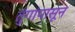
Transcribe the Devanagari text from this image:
तुंगांपासून